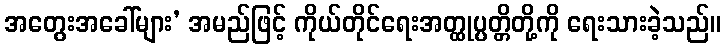
အတွေးအခေါ်များ’ အမည်ဖြင့် ကိုယ်တိုင်ရေးအတ္ထုပ္ပတ္တိတို့ကို ရေးသားခဲ့သည်။